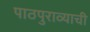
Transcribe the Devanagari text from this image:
पाठपुराव्याची